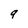
Character: g